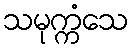
သမုက္ကံသေ